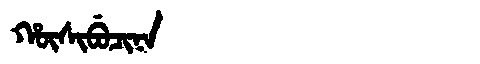
Manchu: ᡥᡡᠰᡳᠪᡠᠴᡳᠨᠠ
Romanization: HŪSIBUCINA